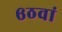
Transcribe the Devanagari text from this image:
६ठवां